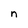
Character: n